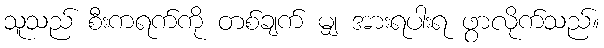
သူသည် စီးကရက်ကို တစ်ချက် မျှ အားရပါးရ ဖွာလိုက်သည်။